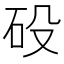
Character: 砓